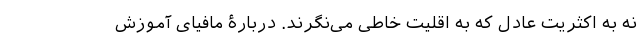
نه به اکثریت عادل که به اقلیت خاطی می‌نگرند. دربارۀ مافیای آموزش